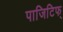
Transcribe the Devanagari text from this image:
पाजिटिफ्